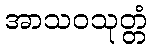
အာသဝသုတ္တံ